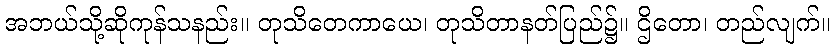
အဘယ်သို့ဆိုကုန်သနည်း။ တုသိတေကာယေ၊ တုသိတာနတ်ပြည်၌။ ဌိတော၊ တည်လျက်။